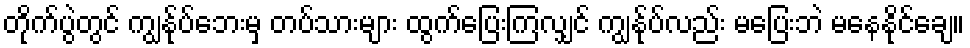
တိုက်ပွဲတွင် ကျွန်ုပ်ဘေးမှ တပ်သားများ ထွက်ပြေးကြလျှင် ကျွန်ုပ်လည်း မပြေးဘဲ မနေနိုင်ချေ။